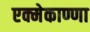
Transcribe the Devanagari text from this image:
एक्मेकाण्णा